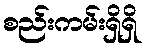
စည်းကမ်းရှိရှိ